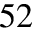
^ { 5 2 }